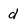
Character: d